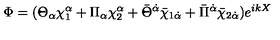
\Phi = ( \Theta _ { \alpha } \chi _ { 1 } ^ { \alpha } + \Pi _ { \alpha } \chi _ { 2 } ^ { \alpha } + \bar { \Theta } ^ { \dot { \alpha } } \bar { \chi } _ { 1 \dot { \alpha } } + \bar { \Pi } ^ { \dot { \alpha } } \bar { \chi } _ { 2 \dot { \alpha } } ) e ^ { i k X }